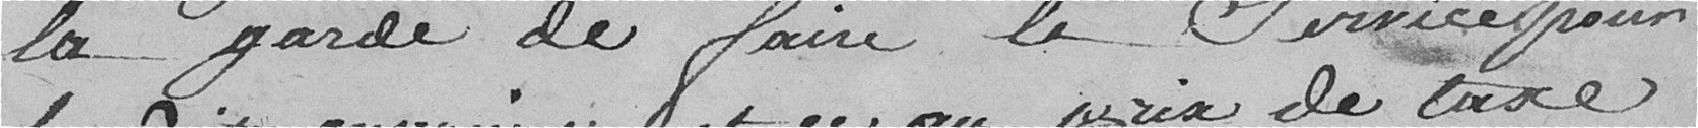
la garde de faire le service pour